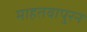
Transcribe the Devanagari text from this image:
माहतवापुरन